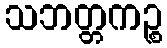
သဘတ္တကဉ္စ